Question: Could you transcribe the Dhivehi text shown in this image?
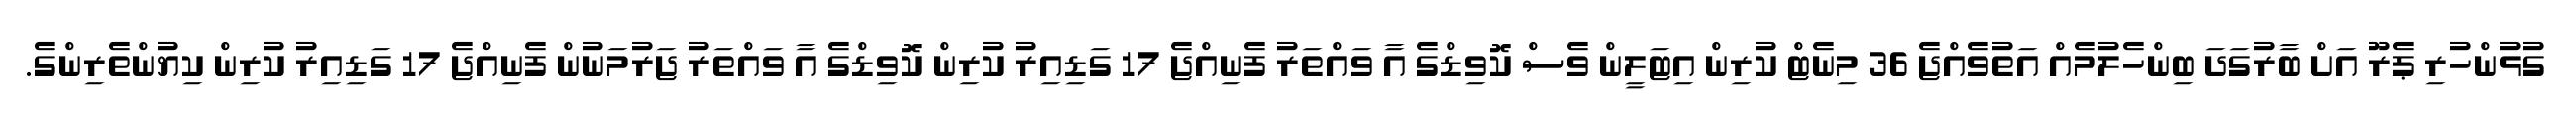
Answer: ގުޅުންހުރި ޕެރޫ އަށް ބާރުގަދަ ބިންހެލުމެއް އަތުވެއްޖެ 36 މިނެޓް ކުރިން އިޓަލީން ވެސް ކޮވިޑްގެ އާ ވައްތަރު ފެނިއްޖެ 17 ގަޑިއިރު ކުރިން ކޮވިޑްގެ އާ ވައްތަރު ޖަރުމަނުން ފެނިއްޖެ 17 ގަޑިއިރު ކުރިން ކިޔުންތެރިންގެ.